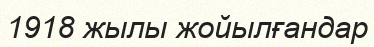
1918 жылы жойылғандар